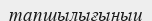
тапшылығыныц